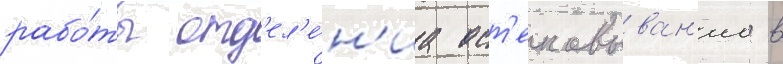
рабо́ты отд'ел'е́н'иа ост'екловыван'иа в